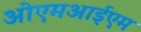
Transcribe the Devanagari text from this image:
ओएमआईएम